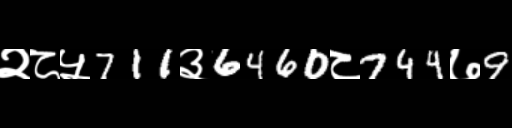
Text: २८५711३6460८744७9